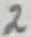
Text: 2